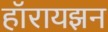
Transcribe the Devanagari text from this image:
हॉरायझन